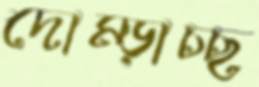
দোম্‌ড়াচ্ছ